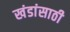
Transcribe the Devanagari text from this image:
खंडांसाठी